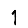
Digit: 1